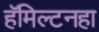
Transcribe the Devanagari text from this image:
हॅमिल्टनहा